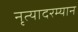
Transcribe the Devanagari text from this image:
नृत्यादरम्यान